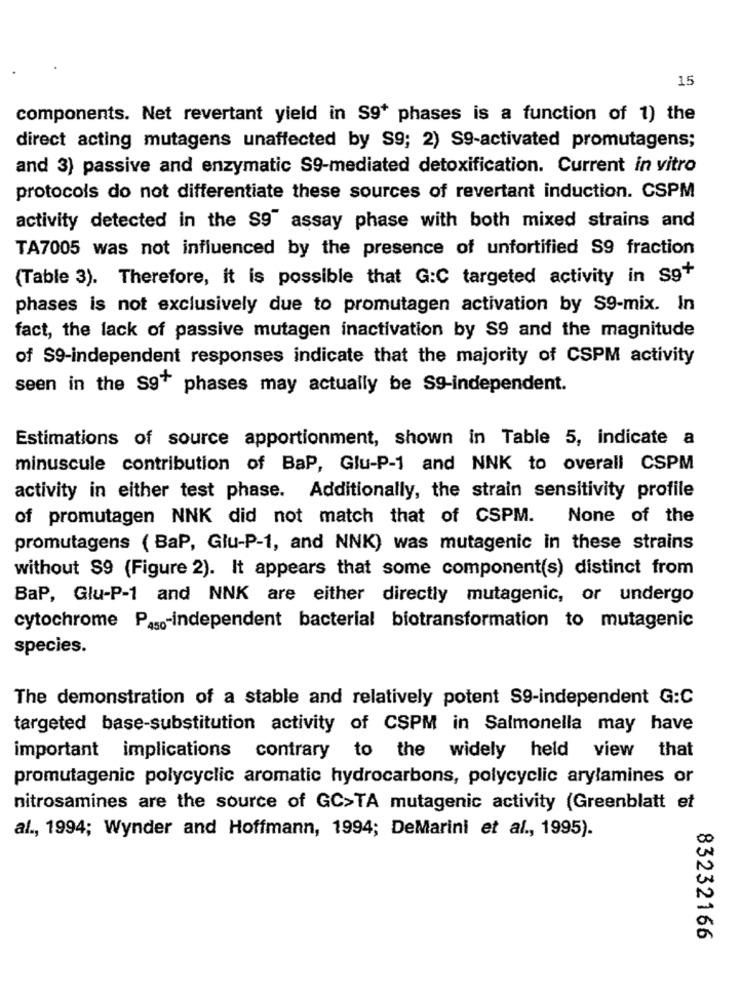
15
components. Net revertant yield in S9+ phases is a function of 1) the
direct acting mutagens unaffected by S9; 2) S9-activated promutagens;
and 3) passive and enzymatic S9-mediated detoxification. Current in vitro
protocols do not differentiate these sources of revertant induction. CSPM
activity detected in the S9 assay phase with both mixed strains and
TA7005 was not influenced by the presence of unfortified S9 fraction
(Table 3). Therefore, it is possible that G:C targeted activity in S9+
phases is not exclusively due to promutagen activation by S9-mix. In
fact, the lack of passive mutagen inactivation by S9 and the magnitude
of $9-independent responses indicate that the majority of CSPM activity
seen in the S9+ phases may actually be S9-independent.
Estimations of source apportionment, shown in Table 5, indicate a
minuscule contribution of BaP, Glu-P-1 and NNK to overall CSPM
activity in either test phase. Additionally, the strain sensitivity profile
of promutagen NNK did not match that of CSPM.
None of the
promutagens ( BaP, Glu-P-1, and NNK) was mutagenic in these strains
without $9 (Figure 2). It appears that some component(s) distinct from
BaP, Glu-P-1 and NNK are either directly mutagenic, or undergo
cytochrome P450-independent bacterial biotransformation to mutagenic
species.
The demonstration of a stable and relatively potent S9-independent G:C
targeted base-substitution activity of CSPM in Salmonella may have
important implications contrary to the widely held view that
promutagenic polycyclic aromatic hydrocarbons, polycyclic arylamines or
nitrosamines are the source of GC>TA mutagenic activity (Greenblatt et
al ., 1994; Wynder and Hoffmann, 1994; DeMarini et al ., 1995).
83232166